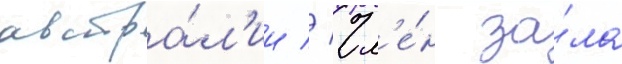
австра́л'ии // Чл'е́н за́ла